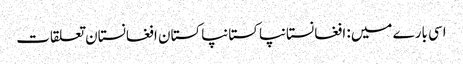
اسی بارے میں: افغانستانپاکستانپاکستان افغانستان تعلقات